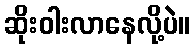
ဆိုးဝါးလာနေလို့ပဲ။